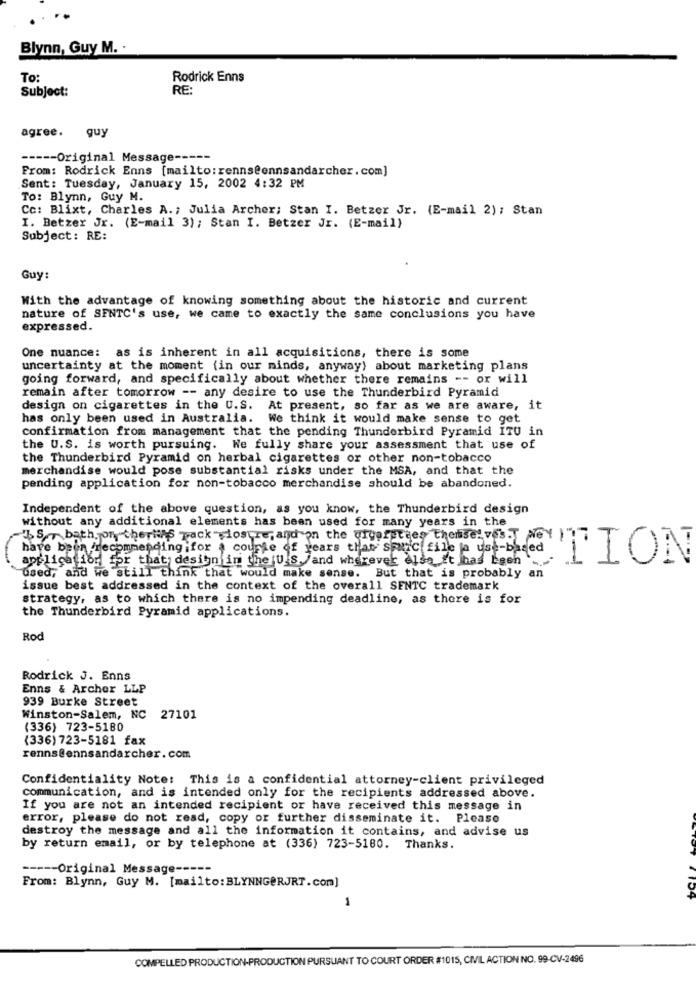
Blynn, Guy M. .
To:
Rodrick Enns
Subject:
RE:
agree. guy
----- Original Message ---
From: Rodrick Enns [mailto: rennseennsandarcher.com]
Sent: Tuesday, January 15, 2002 4:32 PM
To: Blynn, Guy M.
Cc: Blixt, Charles A .; Julia Archer; Stan I. Betzer Jr. (E-mail 2) : Stan
I. Betzer Jr. (E-mail 3); Stan I. Betzer Jr. (E-mail)
Subject: RE:
Guy:
With the advantage of knowing something about the historic and current
nature of SENTC's use, we came to exactly the same conclusions you have
expressed.
One nuance: as is inherent in all acquisitions, there is some
uncertainty at the moment (in our minds, anyway) about marketing plans
going forward, and specifically about whether there remains -- or will
remain after tomorrow -- any desire to use the Thunderbird Pyramid
design on cigarettes in the U.S. At present, so far as we are aware, it
has only been used in Australia. We think it would make sense to get
confirmation from management that the pending Thunderbird Pyramid ITU in
the U.S. is worth pursuing. We fully share your assessment that use of
the Thunderbird Pyramid on herbal cigarettes or other non-tobacco
merchandise would pose substantial risks under the MSA, and that the
pending application for non-tobacco merchandise should be abandoned.
Independent of the above question, as you know, the Thunderbird design
without any additional elements has been used for many years in the
Is bath for therins Track "closure, and on the urgerstees themselves. pey !"?
have been recommending for a couple of years than space fine e yet-based
application for that design in the U.S. /and wherevek else it has been
"TION
used, and we 'still think that would make sense. But that is probably an
issue best addressed in the context of the overall SENTC trademark
strategy, as to which there is no impending deadline, as there is for
the Thunderbird Pyramid applications.
Rod
Rodrick J. Enns
Enns & Archer LLP
939 Burke Street
Winston-Salem, NC 27101
(336) 723-5180
(336) 723-5181 fax
renns@ennsandarcher.com
Confidentiality Note: This is a confidential attorney-client privileged
communication, and is intended only for the recipients addressed above.
If you are not an intended recipient or have received this message in
error, please do not read, copy or further disseminate it. Please
destroy the message and all the information it contains, and advise us
by return email, or by telephone at (336) 723-5180. Thanks.
----- Original Message -----
From: Blynn, Guy M. [mailto: BLYNNGERJRT.com]
1
1 104
COMPELLED PRODUCTION-PRODUCTION PURSUANT TO COURT ORDER #1015, CIVIL ACTION NO. 99-CV-2496